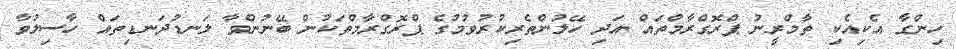
ހިންގާ އެކިއެކި ތާމްރީނު ޕްރޮގްރާމްތައް އަދި ހޭލުންތެރިކުރުވުމުގެ ޕްރޮގްރާމްތަކުން ބޭނުންވާ ލަނޑުދަނޑިތައް ހާސިލުވާ